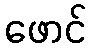
ဖောင်